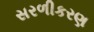
સરળીકરણ